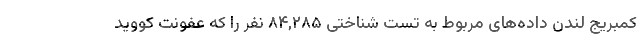
کمبریج لندن داده‌های مربوط به تست شناختی ۸۴,۲۸۵ نفر را که عفونت کووید